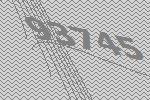
93745